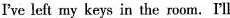
I've left my keys in the room.I'll